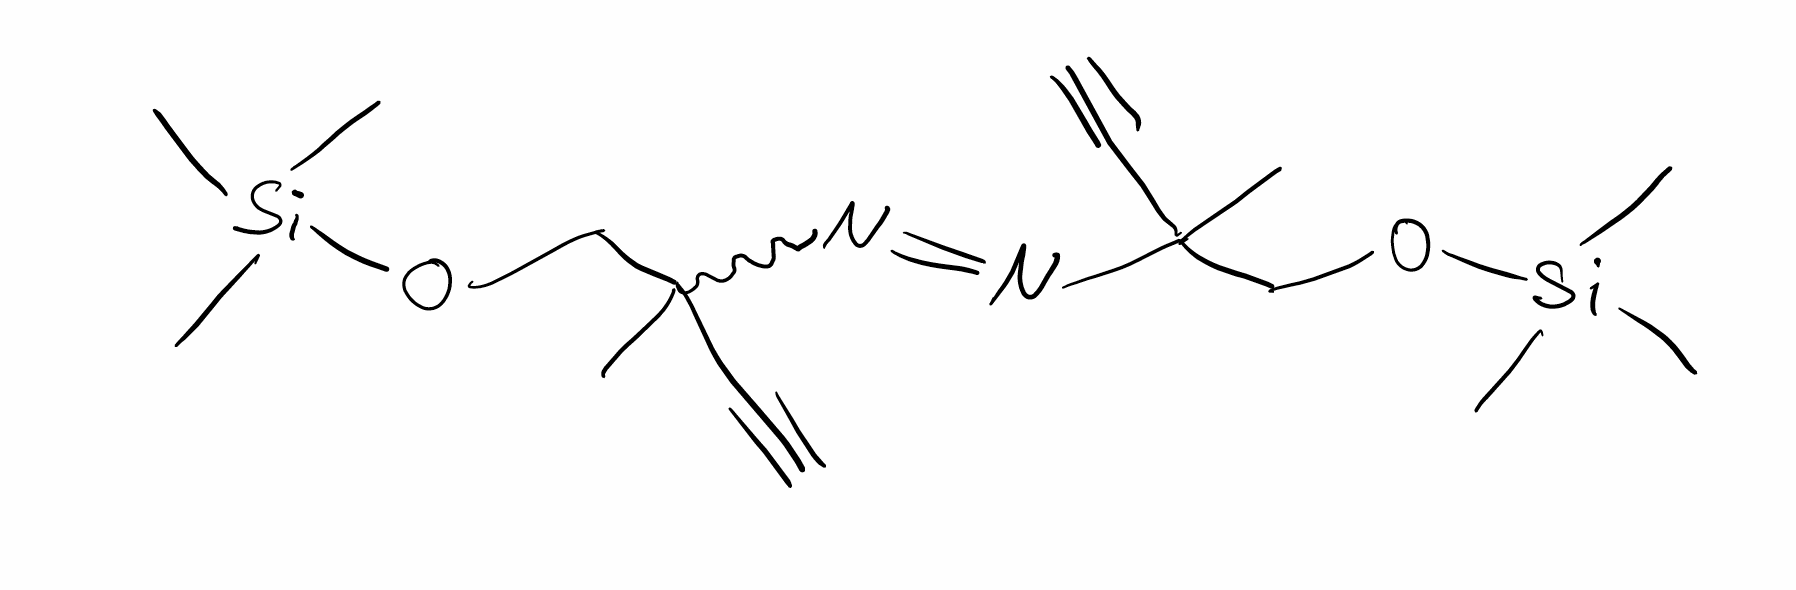
Simplified molecular-input line-entry system (SMILES) notation of the given molecule:
CC(CO[Si](C)(C)C)(C#N)N=NC(C)(CO[Si](C)(C)C)C#N